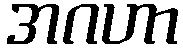
အဂဟာ